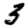
Digit: 3